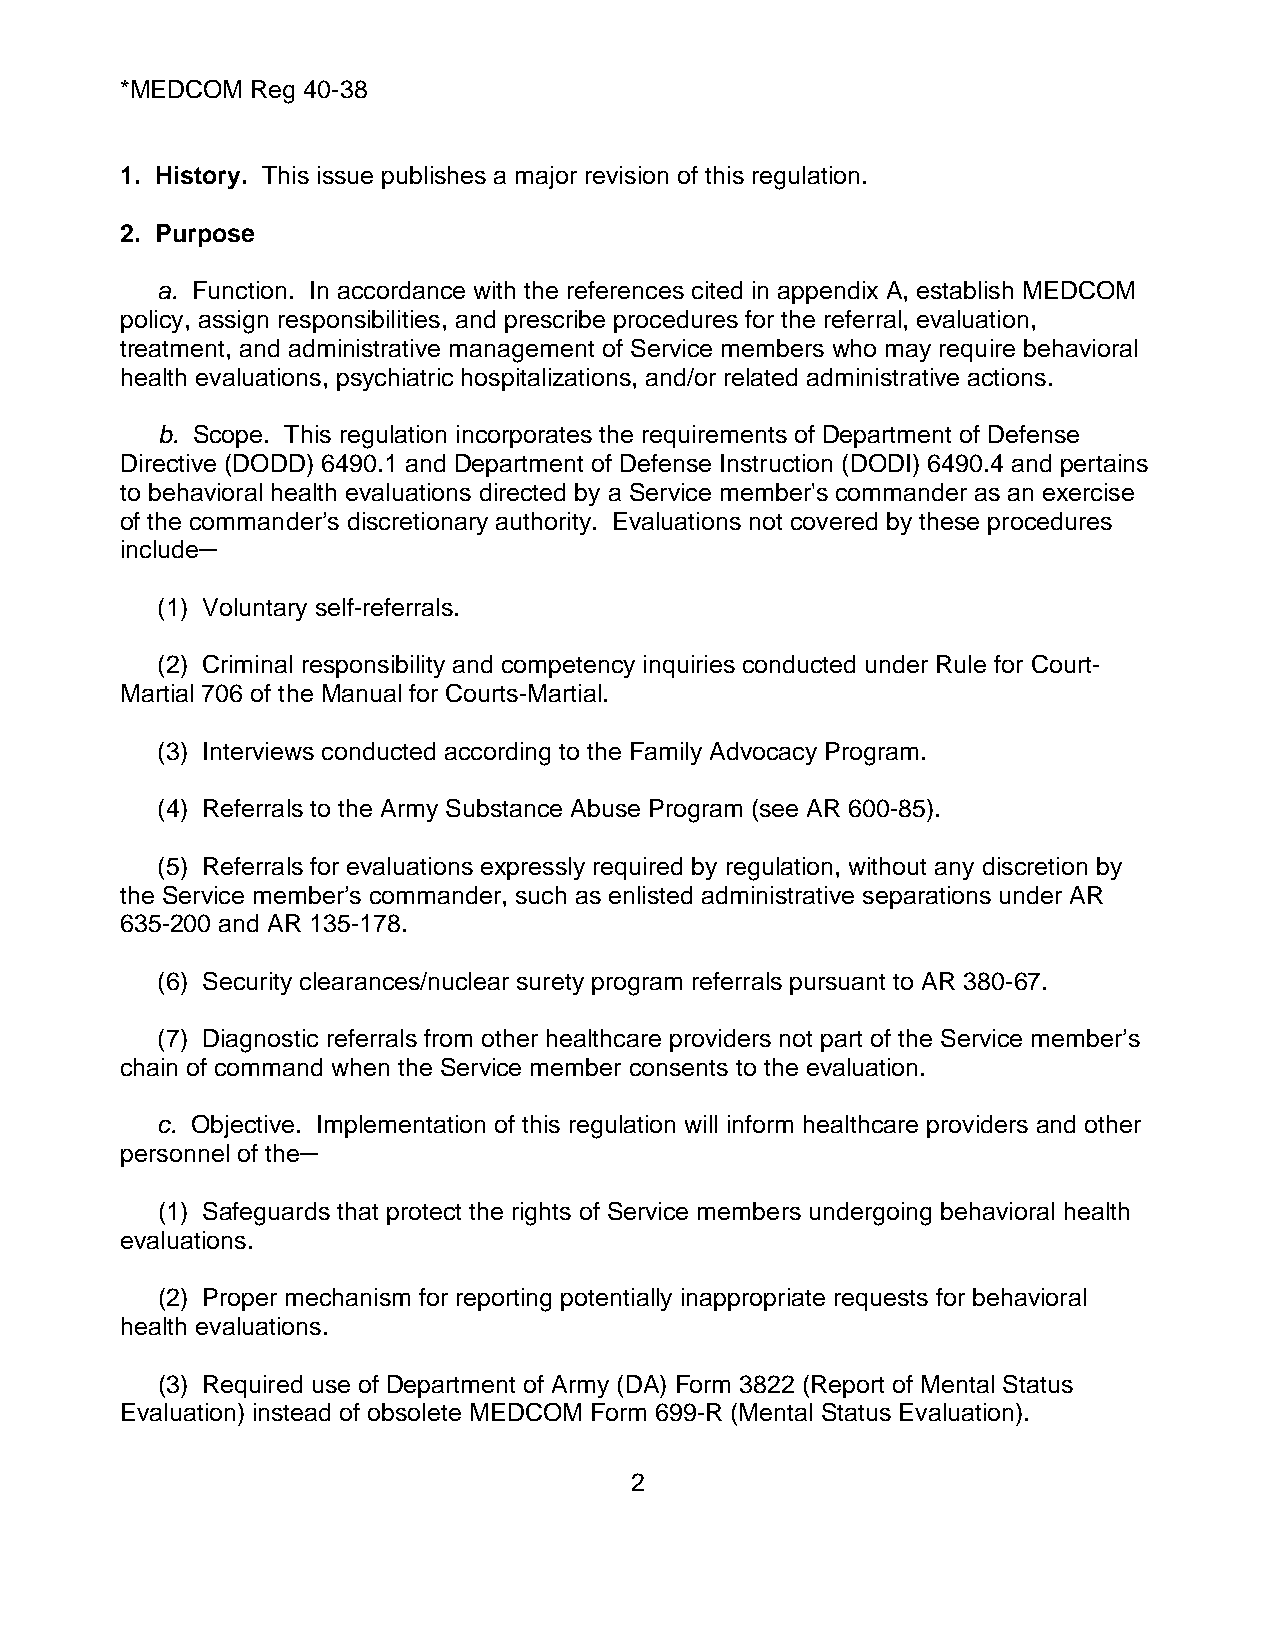
*MEDCOM  Reg 40-38
 1. History. This issue publishes a major revision of this regulation.
 2. Purpose
 a. Function. In accordance with the references cited in appendix A, establish MEDCOM
 policy, assign responsibilities, and prescribe procedures for the referral, evaluation,
 treatment, and administrative management of Service members who may require behavioral
 health evaluations, psychiatric hospitalizations, and/or related administrative actions.
 b. Scope. This regulation incorporates the requirements of Department of Defense
 Directive (DODD) 6490.1 and Department of Defense Instruction (DODI) 6490.4 and pertains
 to behavioral health evaluations directed by a Service member's commander as an exercise
 of the commander’s discretionary authority. Evaluations not covered by these procedures
 include─
 (1) Voluntary self-referrals.
 (2) Criminal responsibility and competency inquiries conducted under Rule for Court-
 Martial 706 of the Manual for Courts-Martial.
 (3) Interviews conducted according to the Family Advocacy Program.
 (4) Referrals to the Army Substance Abuse Program (see AR 600-85).
 (5) Referrals for evaluations expressly required by regulation, without any discretion by
 the Service member’s commander, such as enlisted administrative separations under AR
 635-200 and AR 135-178.
 (6) Security clearances/nuclear surety program referrals pursuant to AR 380-67.
 (7) Diagnostic referrals from other healthcare providers not part of the Service member’s
 chain of command when the Service member consents to the evaluation.
 c. Objective. Implementation of this regulation will inform healthcare providers and other
 personnel of the─
 (1) Safeguards that protect the rights of Service members undergoing behavioral health
 evaluations.
 (2) Proper mechanism for reporting potentially inappropriate requests for behavioral
 health evaluations.
 (3) Required use of Department of Army (DA) Form 3822 (Report of Mental Status
 Evaluation) instead of obsolete MEDCOM Form 699-R (Mental Status Evaluation).
 2